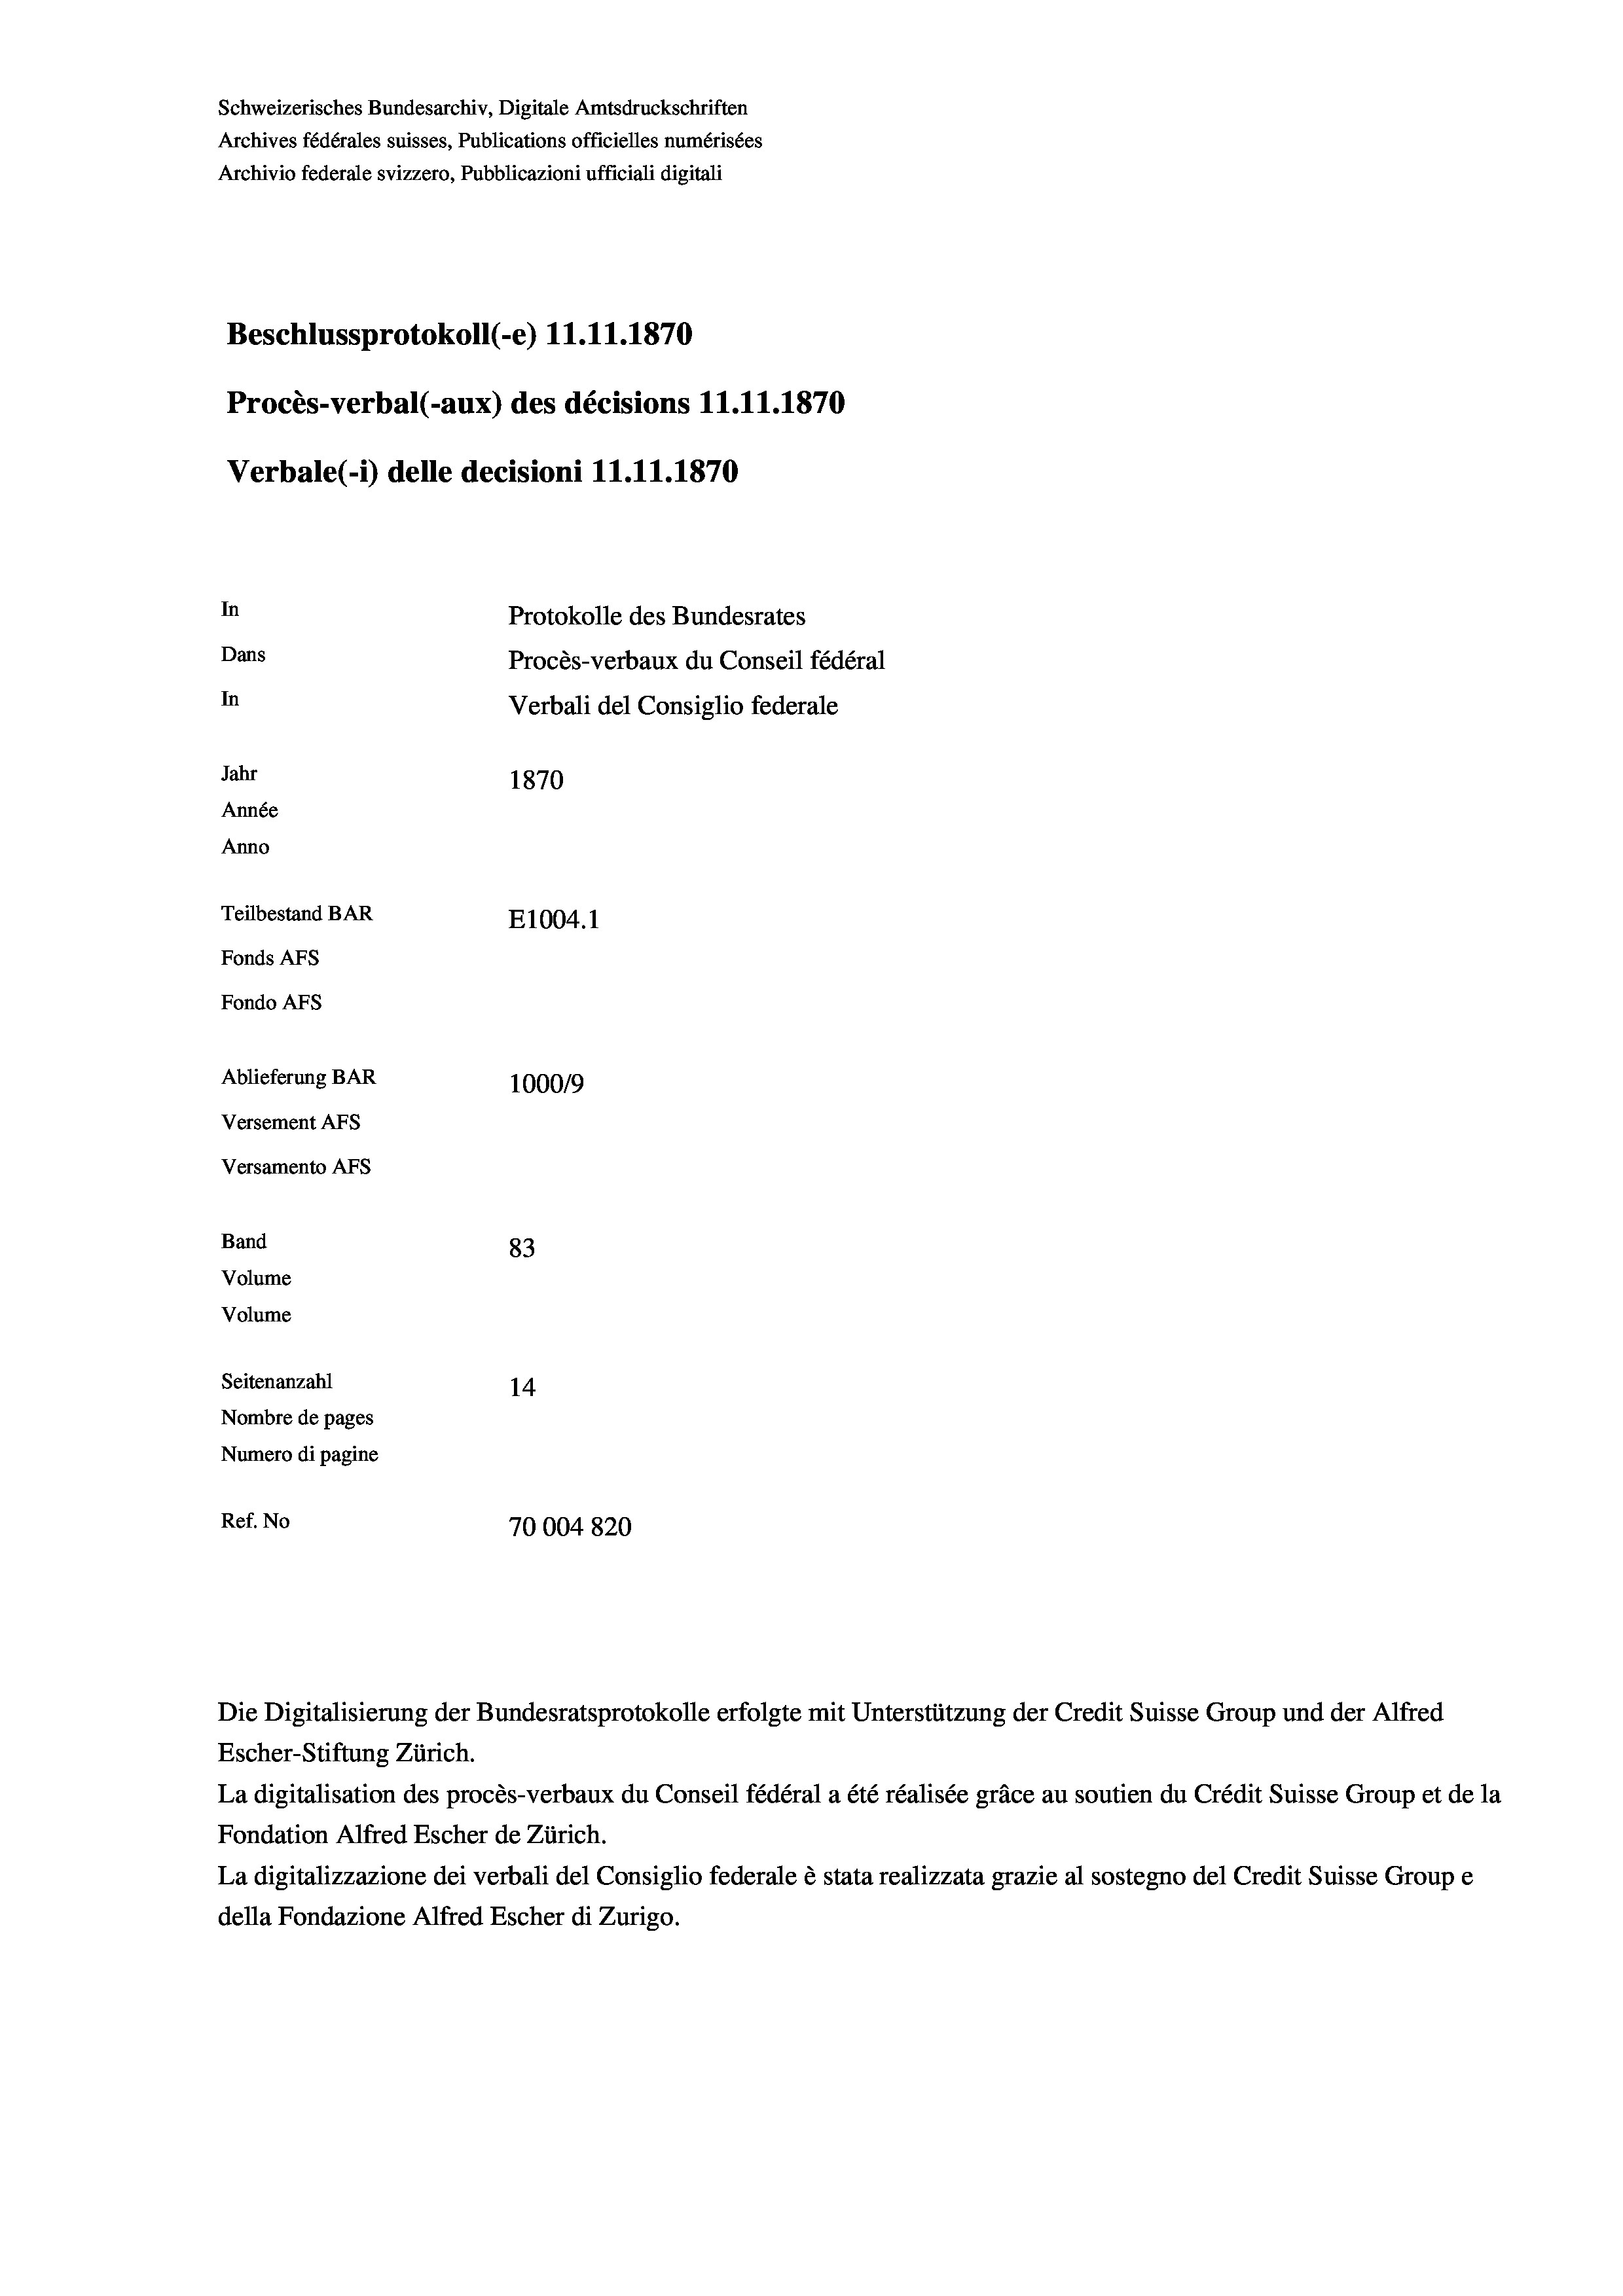
Schweizerisches Bundesarchiv, Digitale Amtsdruckschriften
Archives fédérales suisses, Publications officielles numérisées
Archivio federale svizzero, Pubblicazioni ufficiali digitali
Beschlussprotokoll (-e) 11.11.1870
Procès-verbal (-aux) des décisions 11.11.1870
Verbale(-*) delle decisioni 11.11.1870
In
Protokolle des Bundesrates
Dans
Procès-verbaux du Conseil fédéral
In
Verbali del Consiglio federale
Jahr
1870
Année
Anno
Teilbestand BAR
E1004.1
Fonds AFs
Fondo AFs
Ablieferung BAR
100019
Versement Abs
Versamento Afs
Band
83
Volume
Volume
Seitenanzahl
14
Nombre de pages
Numero di pagine

Ref. No
70004820

Escher-Stiftung Zürich.
La digitalisation des procès-verbaux du Conseil fédéral a été réalisée gräce au soutien du Crédit Suisse Group et de la
Fondation Alfred Escher de Zürich.
La digitalizzazione dei verbali del Consiglio federale è stata realizzata grazie al sostegno del Credit Suisse Groupe
della Fondazione Alfred Escher di Zurigo.

Die Digitalisierung der Bundesratsprotokolle erfolgte mit Unterstützung der Credit Suisse Group und der Alfred